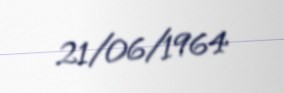
21/06/1964